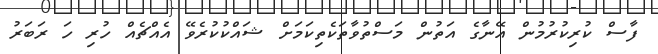
ފާސް ކުރިކުރުމުން އޭނާގެ އަތުން މަސްތުވާތަކެތިކަމަށް ޝައްކުކުރެވޭ އެއްޗެއް ހުރި ހަ ރަބަރު